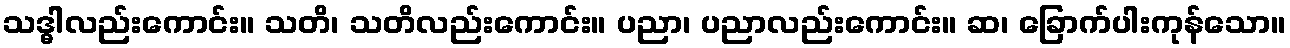
သဒ္ဓါလည်းကောင်း။ သတိ၊ သတိလည်းကောင်း။ ပညာ၊ ပညာလည်းကောင်း။ ဆ၊ ခြောက်ပါးကုန်သော။